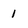
Character: 1